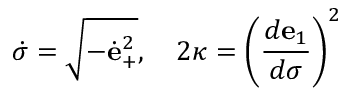
{ \dot { \sigma } } = \sqrt { - { \dot { \bf e } } _ { + } ^ { 2 } } , \quad 2 \kappa = \left( { \frac { d { \bf e } _ { 1 } } { d \sigma } } \right) ^ { 2 }